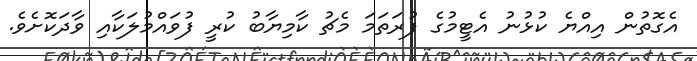
އެގޮތުން އިއްޔެ ކުޅުނު އެޓީމުގެ ފުރަތަމަ މެޗު ކާމިޔާބު ކުރީ ފުވައްމުލަކާއި ވާދަކޮށެވެ.